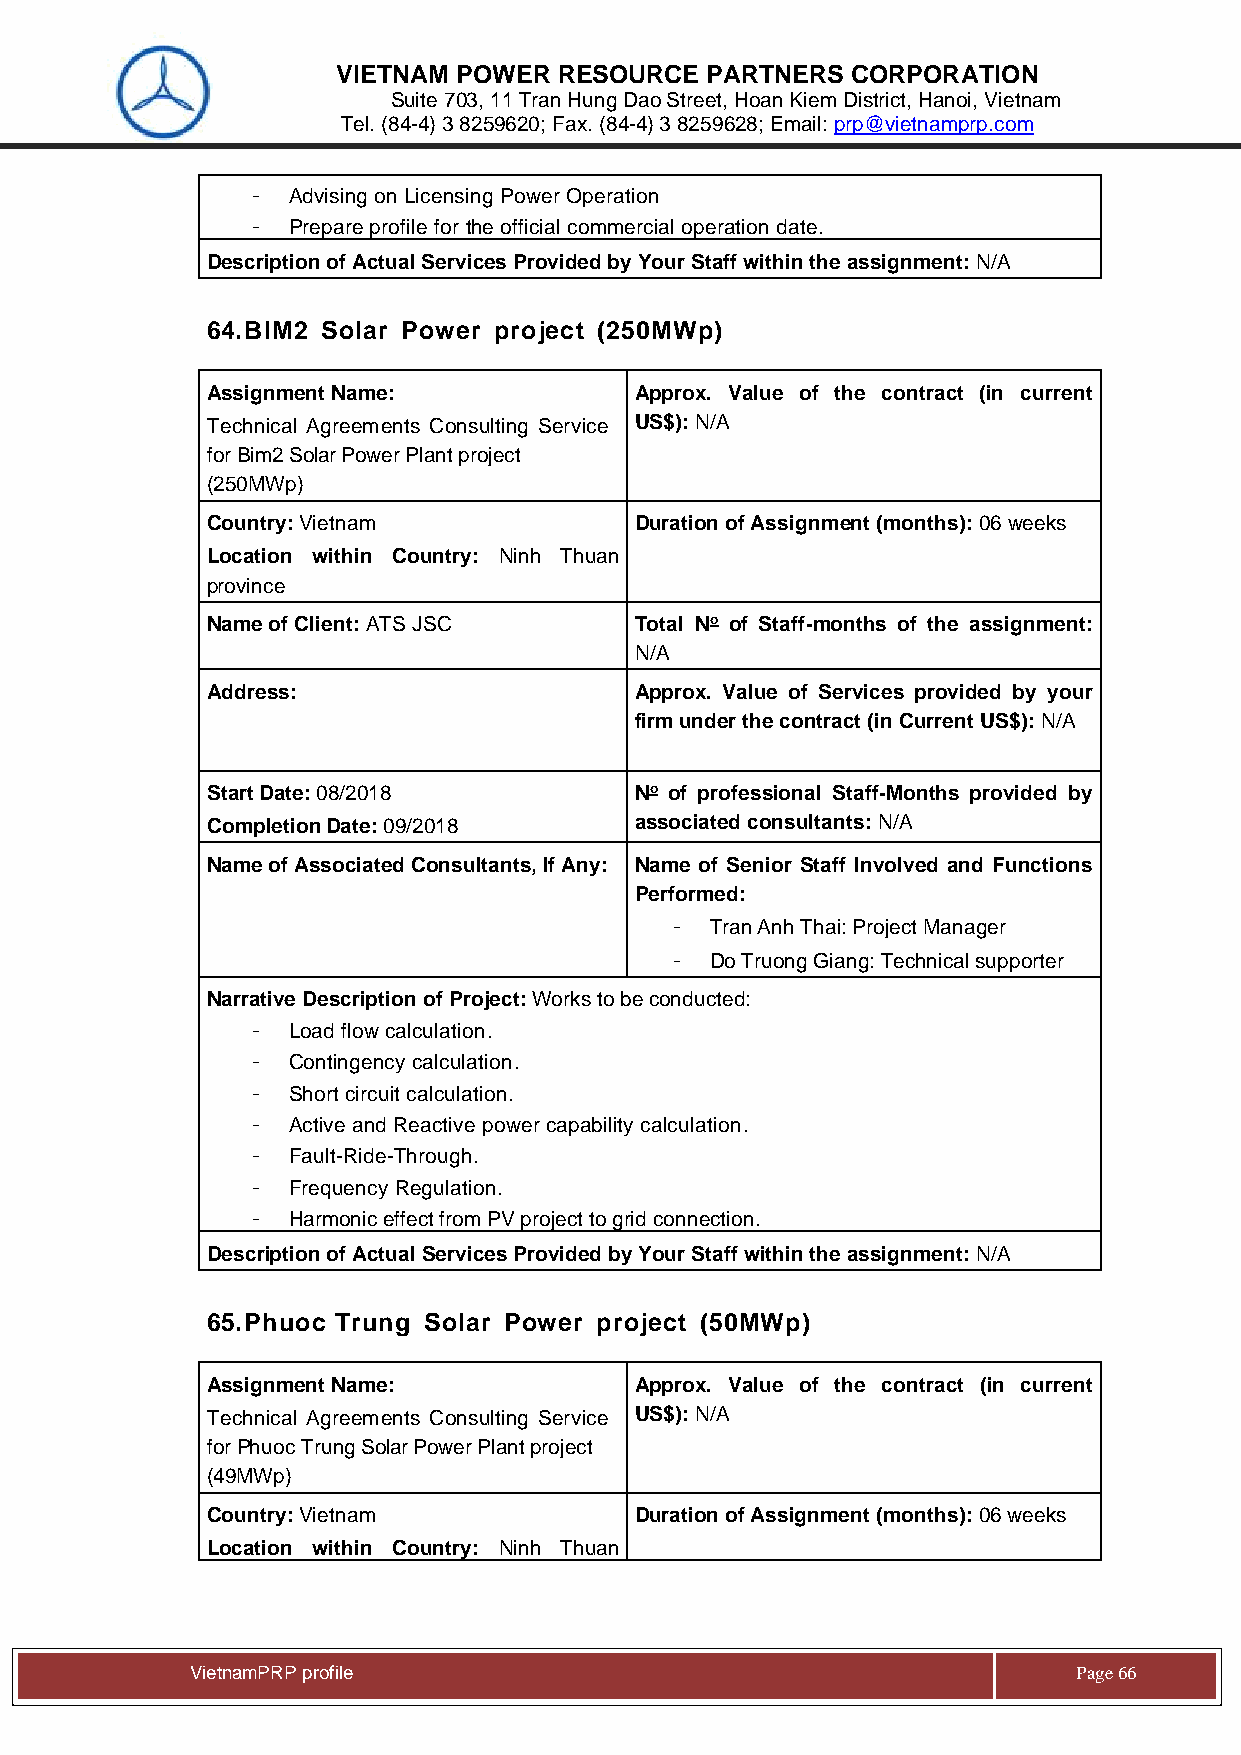
VIETNAM POWER  RESOURCE  PARTNERS CORPORATION
 Suite 703, 11 Tran Hung Dao Street, Hoan Kiem District, Hanoi, Vietnam
 Tel. (84-4) 3 8259620; Fax. (84-4) 3 8259628; Email: prp@vietnamprp.com
 - Advising on Licensing Power Operation
 - Prepare profile for the official commercial operation date.
 Description of Actual Services Provided by Your Staff within the assignment: N/A
 64. BIM2 Solar Power project (250MWp)
 Assignment Name:            Approx. Value of the contract (in current
 Technical Agreements Consulting Service US$): N/A
 for Bim2 Solar Power Plant project
 (250MWp)
 Country: Vietnam            Duration of Assignment (months): 06 weeks
 Location within Country: Ninh Thuan
 province
 Name of Client: ATS JSC     Total No of Staff-months of the assignment:
 N/A
 Address:                    Approx. Value of Services provided by your
 firm under the contract (in Current US$): N/A
 Start Date: 08/2018         No of professional Staff-Months provided by
 Completion Date: 09/2018    associated consultants: N/A
 Name of Associated Consultants, If Any: Name of Senior Staff Involved and Functions
 Performed:
 -  Tran Anh Thai: Project Manager
 -  Do Truong Giang: Technical supporter
 Narrative Description of Project: Works to be conducted:
 - Load flow calculation.
 - Contingency calculation.
 - Short circuit calculation.
 - Active and Reactive power capability calculation.
 - Fault-Ride-Through.
 - Frequency Regulation.
 - Harmonic effect from PV project to grid connection.
 Description of Actual Services Provided by Your Staff within the assignment: N/A
 65. Phuoc Trung Solar Power project (50MWp)
 Assignment Name:            Approx. Value of the contract (in current
 Technical Agreements Consulting Service US$): N/A
 for Phuoc Trung Solar Power Plant project
 (49MWp)
 Country: Vietnam            Duration of Assignment (months): 06 weeks
 Location within Country: Ninh Thuan
 Vie tnamPRP profile                                       Page 66